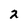
Character: 2